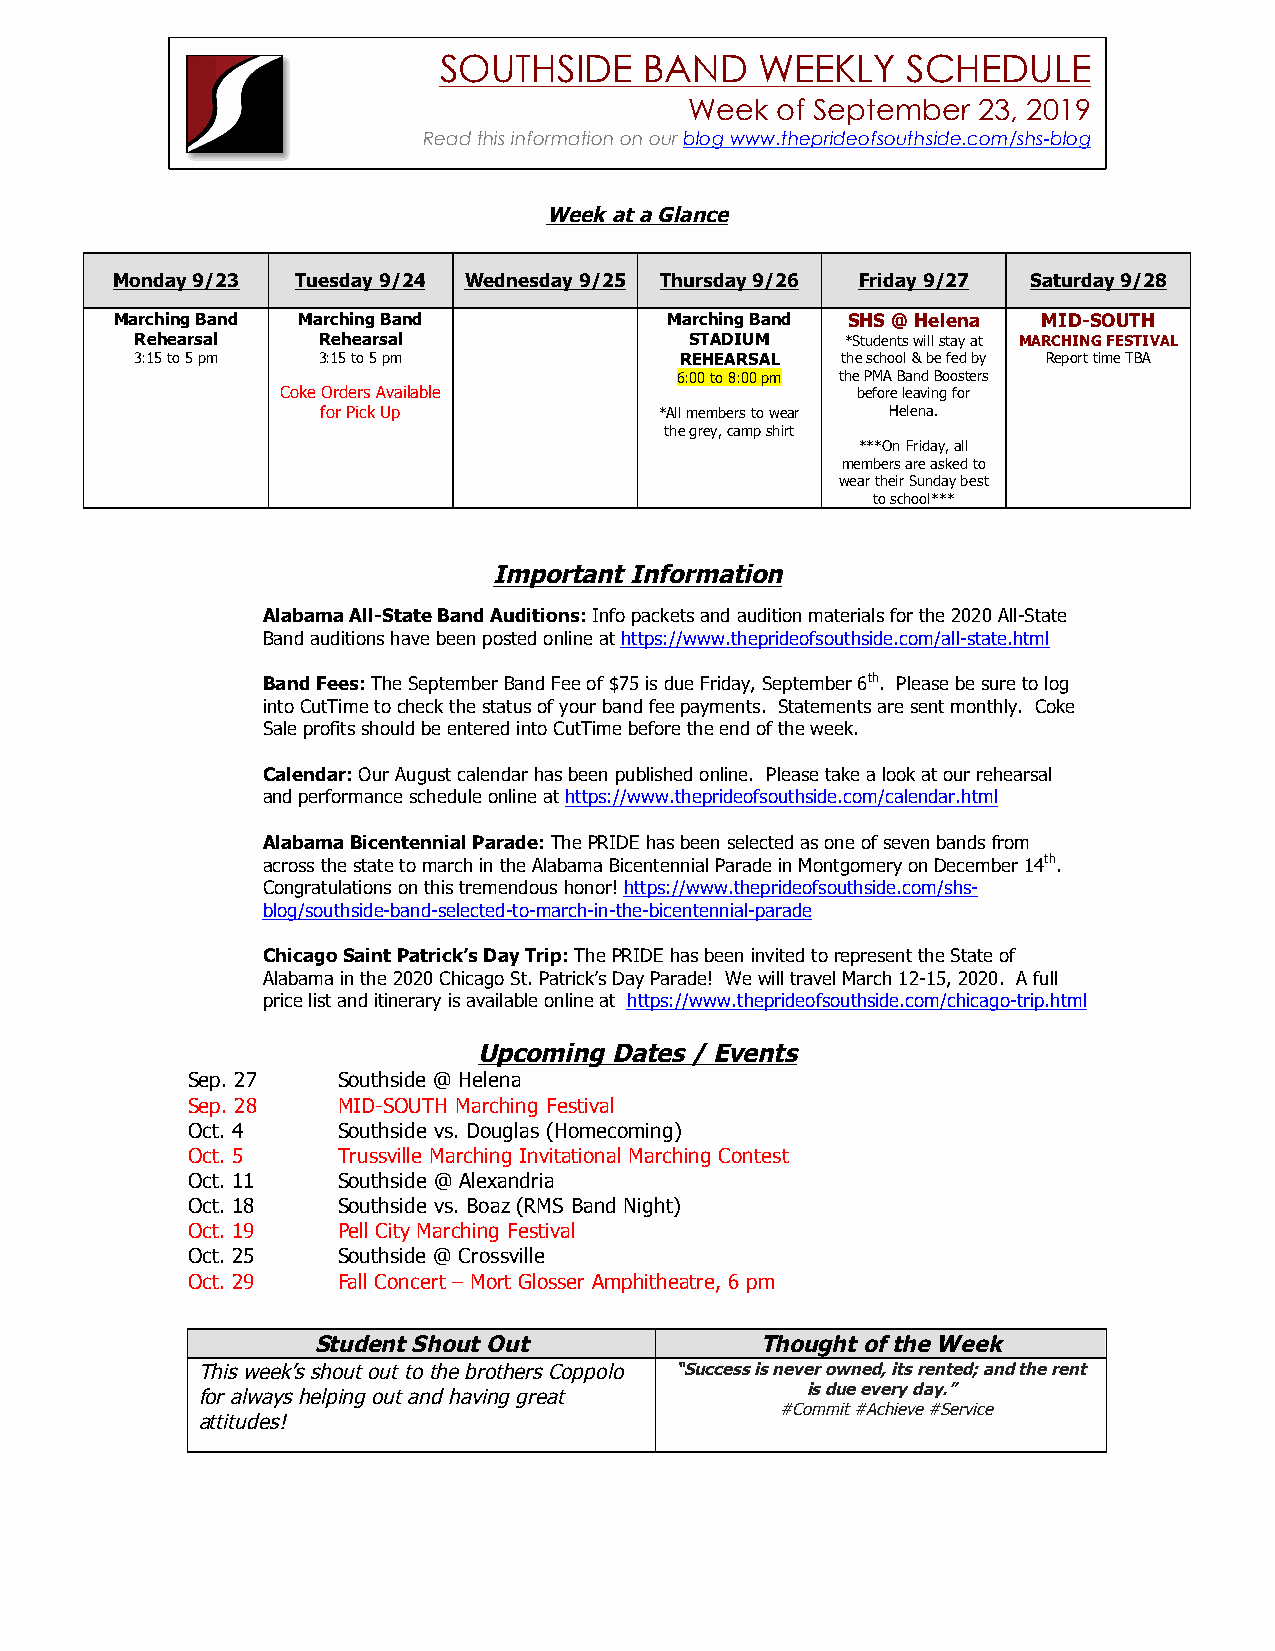
SOUTHSIDE     BAND   WEEKLY    SCHEDULE
 Week of September  23, 2019
 Read this information on our blog www.theprideofsouthside.com/shs-blog
 Week at a Glance
 Monday 9/23  Tuesday 9/24 Wednesday 9/25 Thursday 9/26 Friday 9/27 Saturday 9/28
 Marching Band Marching Band         Marching Band SHS @ Helena MID-SOUTH
 Rehearsal   Rehearsal                STADIUM   *Students will stay at MARCHING FESTIVAL
 3:15 to 5 pm 3:15 to 5 pm           REHEARSAL  the school & be fed by Report time TBA
 6:00 to 8:00 pm the PMA Band Boosters
 Coke Orders Available                 before leaving for
 for Pick Up            *All members to wear Helena.
 the grey, camp shirt
 ***On Friday, all
 members are asked to
 wear their Sunday best
 to school***
 Important Information
 Alabama All-State Band Auditions: Info packets and audition materials for the 2020 All-State
 Band auditions have been posted online at https://www.theprideofsouthside.com/all-state.html
 Band Fees: The September Band Fee of $75 is due Friday, September 6th. Please be sure to log
 into CutTime to check the status of your band fee payments. Statements are sent monthly. Coke
 Sale profits should be entered into CutTime before the end of the week.
 Calendar: Our August calendar has been published online. Please take a look at our rehearsal
 and performance schedule online at https://www.theprideofsouthside.com/calendar.html
 Alabama Bicentennial Parade: The PRIDE has been selected as one of seven bands from
 across the state to march in the Alabama Bicentennial Parade in Montgomery on December 14th.
 Congratulations on this tremendous honor! https://www.theprideofsouthside.com/shs-
 blog/southside-band-selected-to-march-in-the-bicentennial-parade
 Chicago Saint Patrick’s Day Trip: The PRIDE has been invited to represent the State of
 Alabama in the 2020 Chicago St. Patrick’s Day Parade! We will travel March 12-15, 2020. A full
 price list and itinerary is available online at https://www.theprideofsouthside.com/chicago-trip.html
 Upcoming Dates / Events
 Sep. 27   Southside @ Helena
 Sep. 28   MID-SOUTH Marching Festival
 Oct. 4    Southside vs. Douglas (Homecoming)
 Oct. 5    Trussville Marching Invitational Marching Contest
 Oct. 11   Southside @ Alexandria
 Oct. 18   Southside vs. Boaz (RMS Band Night)
 Oct. 19   Pell City Marching Festival
 Oct. 25   Southside @ Crossville
 Oct. 29   Fall Concert – Mort Glosser Amphitheatre, 6 pm
 Student Shout Out            Thought of the Week
 This week’s shout out to the brothers Coppolo “Success is never owned, its rented; and the rent
 for always helping out and having great is due every day.”
 #Commit #Achieve #Service
 attitudes!